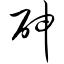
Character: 砷